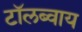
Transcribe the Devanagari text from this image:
टाॅलब्वाय